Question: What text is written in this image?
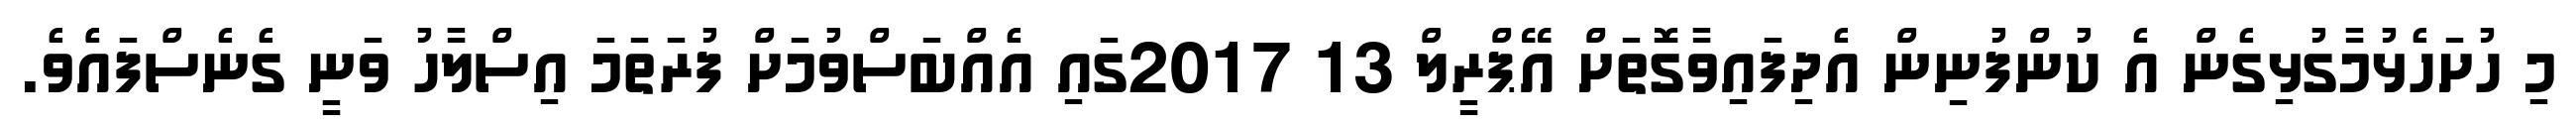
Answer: މި ހުށަހެޅުމާގުޅިގެން އެ ކުންފުނިން އެދިފައިވާގޮތަށް އޭޕްރީލް 13 2017ގައި އެއްބަސްވުމަށް ފުރަތަމަ އިސްލާހު ވަނީ ގެނެސްފައެެވެ.